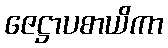
ဇေဋ္ဌာပစာယိကာ